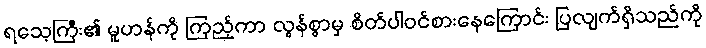
ရသေ့ကြီး၏ မူဟန်ကို ကြည့်ကာ လွန်စွာမှ စိတ်ပါဝင်စားနေကြောင်း ပြလျက်ရှိသည်ကို